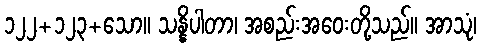
၁၂၂+၁၂၃+သော။ သန္နိပါတာ၊ အစည်းအဝေးတို့သည်။ အာသုံ၊